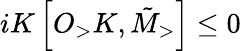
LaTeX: iK\left[O_{>}K,\tilde{M}_{>}\right]\leq 0